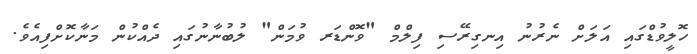
ހޮލީވުޑްގައި އަލަށް ނެރުނު އިނގިރޭސި ފިލްމް "ވޮންޑަރ ވުމަން" ލުބުނާނުގައި ދެއްކުން މަނާކޮށްފިއެވެ.